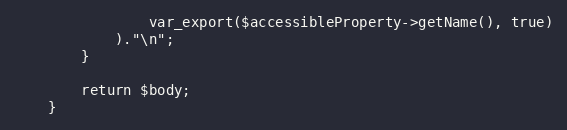
Language: PHP
                var_export($accessibleProperty->getName(), true)
            )."\n";
        }

        return $body;
    }